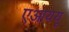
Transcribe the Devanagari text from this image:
एआययू